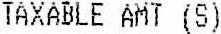
TAXABLE AMT (S)